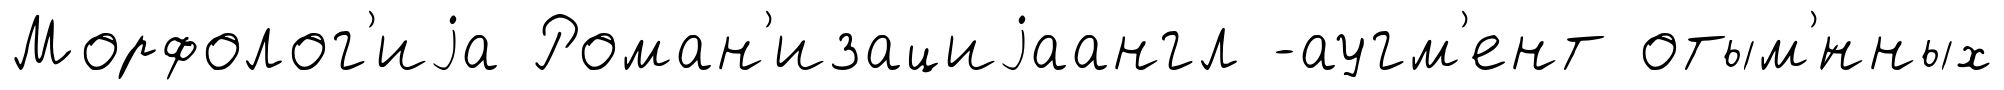
Морфолог'иjа Роман'изациjаангл -аугм'ент отым'́нных